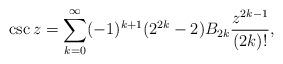
LaTeX: \begin{align*}\csc z = \sum_{k=0}^{\infty} (-1)^{k+1}(2^{2k}-2) B_{2k}{z^{2k-1} \over(2k)!},\end{align*}